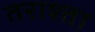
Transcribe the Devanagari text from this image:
तराश्ता